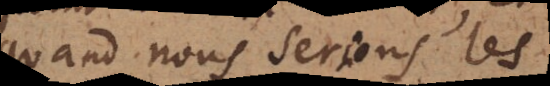
quand nous serions les